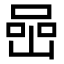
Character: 喦